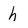
Character: h